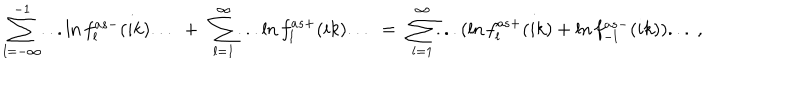
\sum _ { l = - \infty } ^ { - 1 } . . . \ln f _ { l } ^ { a s - } ( i k ) . . . \ + \ \sum _ { l = 1 } ^ { \infty } . . . \ln f _ { l } ^ { a s + } ( i k ) . . . \ = \ \sum _ { l = 1 } ^ { \infty } . . . ( \ln f _ { l } ^ { a s + } ( i k ) + \ln f _ { - l } ^ { a s - } ( i k ) ) . . . \ ,